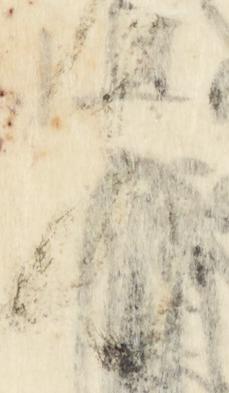
前